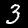
Digit: 3